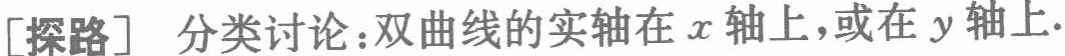
[探路] 分类讨论：双曲线的实轴在\(x\)轴上，或在\(y\)轴上.